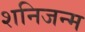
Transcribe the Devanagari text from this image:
शनिजन्म